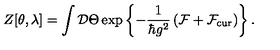
Z [ \theta , \lambda ] = \int { \cal D } \Theta \exp \left\{ - \frac { 1 } { \hbar g ^ { 2 } } \left( { \cal F } + { \cal F } _ { \mathrm { c u r } } \right) \right\} .